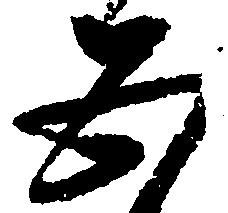
五